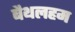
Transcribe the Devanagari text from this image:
बैथलहम